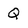
Character: Q